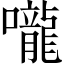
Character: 嚨